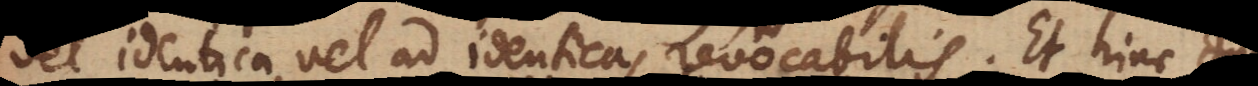
vel identica vel ad identicas revocabilis. Et hinc